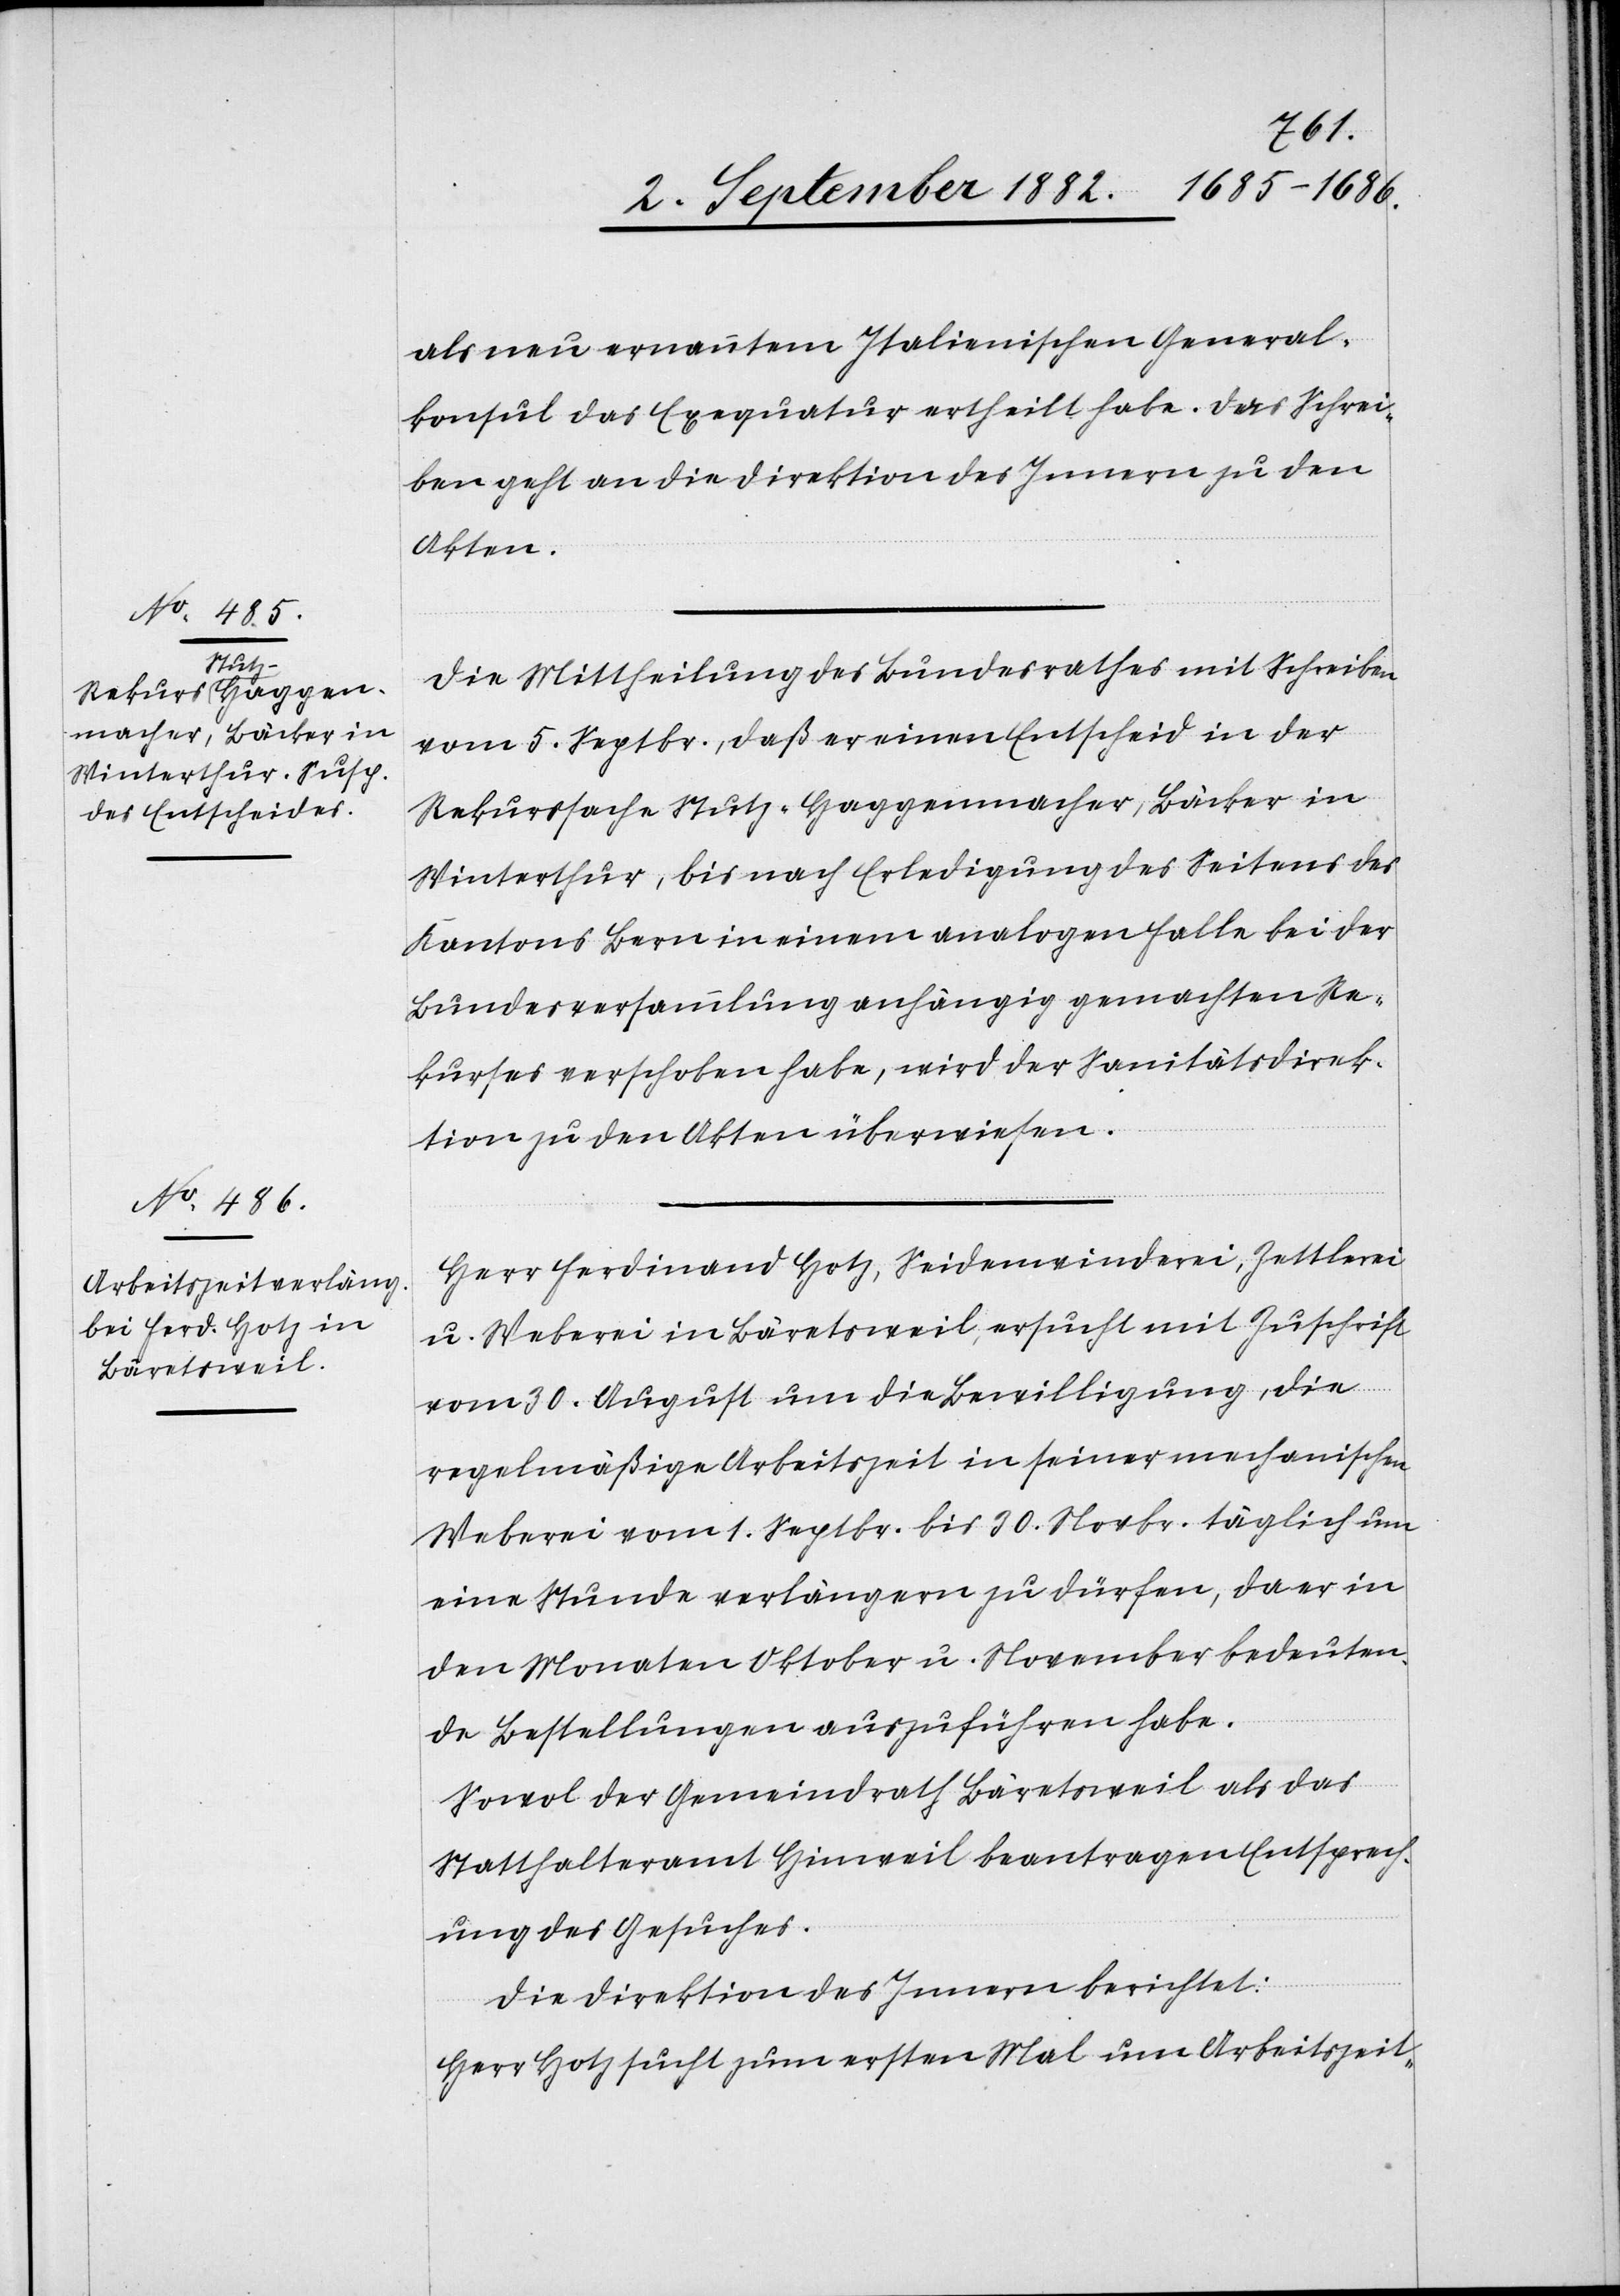
7. September 1882.]
als neu ernannten Italienischen General¬
konsul das Exequatur ertheilt habe. Das Schrei¬
ben geht an die Direktion des Innern zu den
Akten.
Die Mittheilung des Bundesrathes mit Schreiben
vom 5. Septbr., daß er einen Entscheid in der
Rekurssache Stutz-Haggenmacher, Bäcker in
Winterthur, bis nach Erledigung des Seitens des
Kantons Bern in einem analogen Falle bei der
Bundesversammlung anhängig gemachten Re¬
kurses verschoben habe, wird der Sanitätsdirek¬
tion zu den Akten überwiesen.
Herr Ferdinand Hotz, Seidenwinderei, Zettlerei
u. Weberei in Bäretsweil, ersucht mit Zuschrift
vom 30. August um die Bewilligung, die
regelmäßige Arbeitszeit in seiner mechanischen
Weberei vom 1. Septbr. bis 30. Novbr. täglich um
eine Stunde verlängern zu dürfen, da er in
den Monaten Oktober u. November bedeuten¬
de Bestellungen auszuführen habe.
Sowol der Gemeindrath Bäretsweil als das
Statthalteramt Hinweil beantragen Entsprech¬
ung des Gesuches.
Die Direktion des Innern berichtet:
Herr Hotz sucht zum ersten Mal um Arbeitszeit-